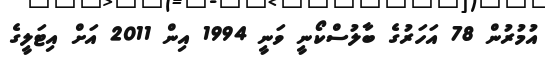
އުމުރުން 78 އަހަރުގެ ބާލުސްކޯނީ ވަނީ 1994 އިން 2011 އަށް އިޓަލީގެ